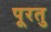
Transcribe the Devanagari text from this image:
पूरतु